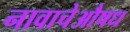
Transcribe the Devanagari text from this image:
नावाचेऔषध